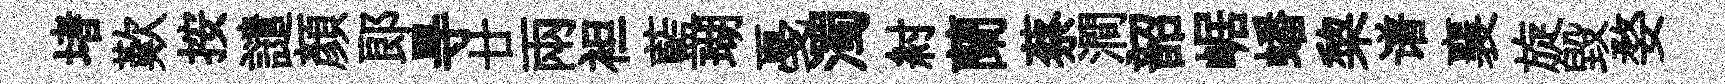
堵歎按譴顏郞㝵廿兩袒藍瑚戞濁紂蘭蔡澗韶崌蟠棃谱襄旋毀婺